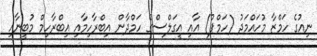
ނިއުގެ ހަމްޒާ މުހައްމަދު (ހަމްޕު) އާއި އީގަލްސްގެ ހަމްދާން އިބްރާހިމާއި އިބްރާހިމް މުބީނާއި